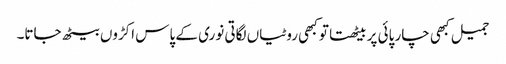
جمیل کبھی چار پائی پر بیٹھتا تو کبھی روٹیاں لگاتی نوری کے پاس اکڑوں بیٹھ جاتا۔